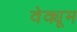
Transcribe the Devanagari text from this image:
वेक्यूम